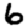
Digit: 6